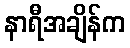
နာရီအချိန်က